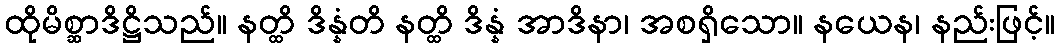
ထိုမိစ္ဆာဒိဋ္ဌိသည်။ နတ္ထိ ဒိန္နံတိ နတ္ထိ ဒိန္နံ အာဒိနာ၊ အစရှိသော။ နယေန၊ နည်းဖြင့်။